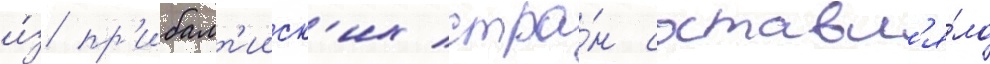
и́з пр'ибалт'ииск'их стра́н составл'я́ло